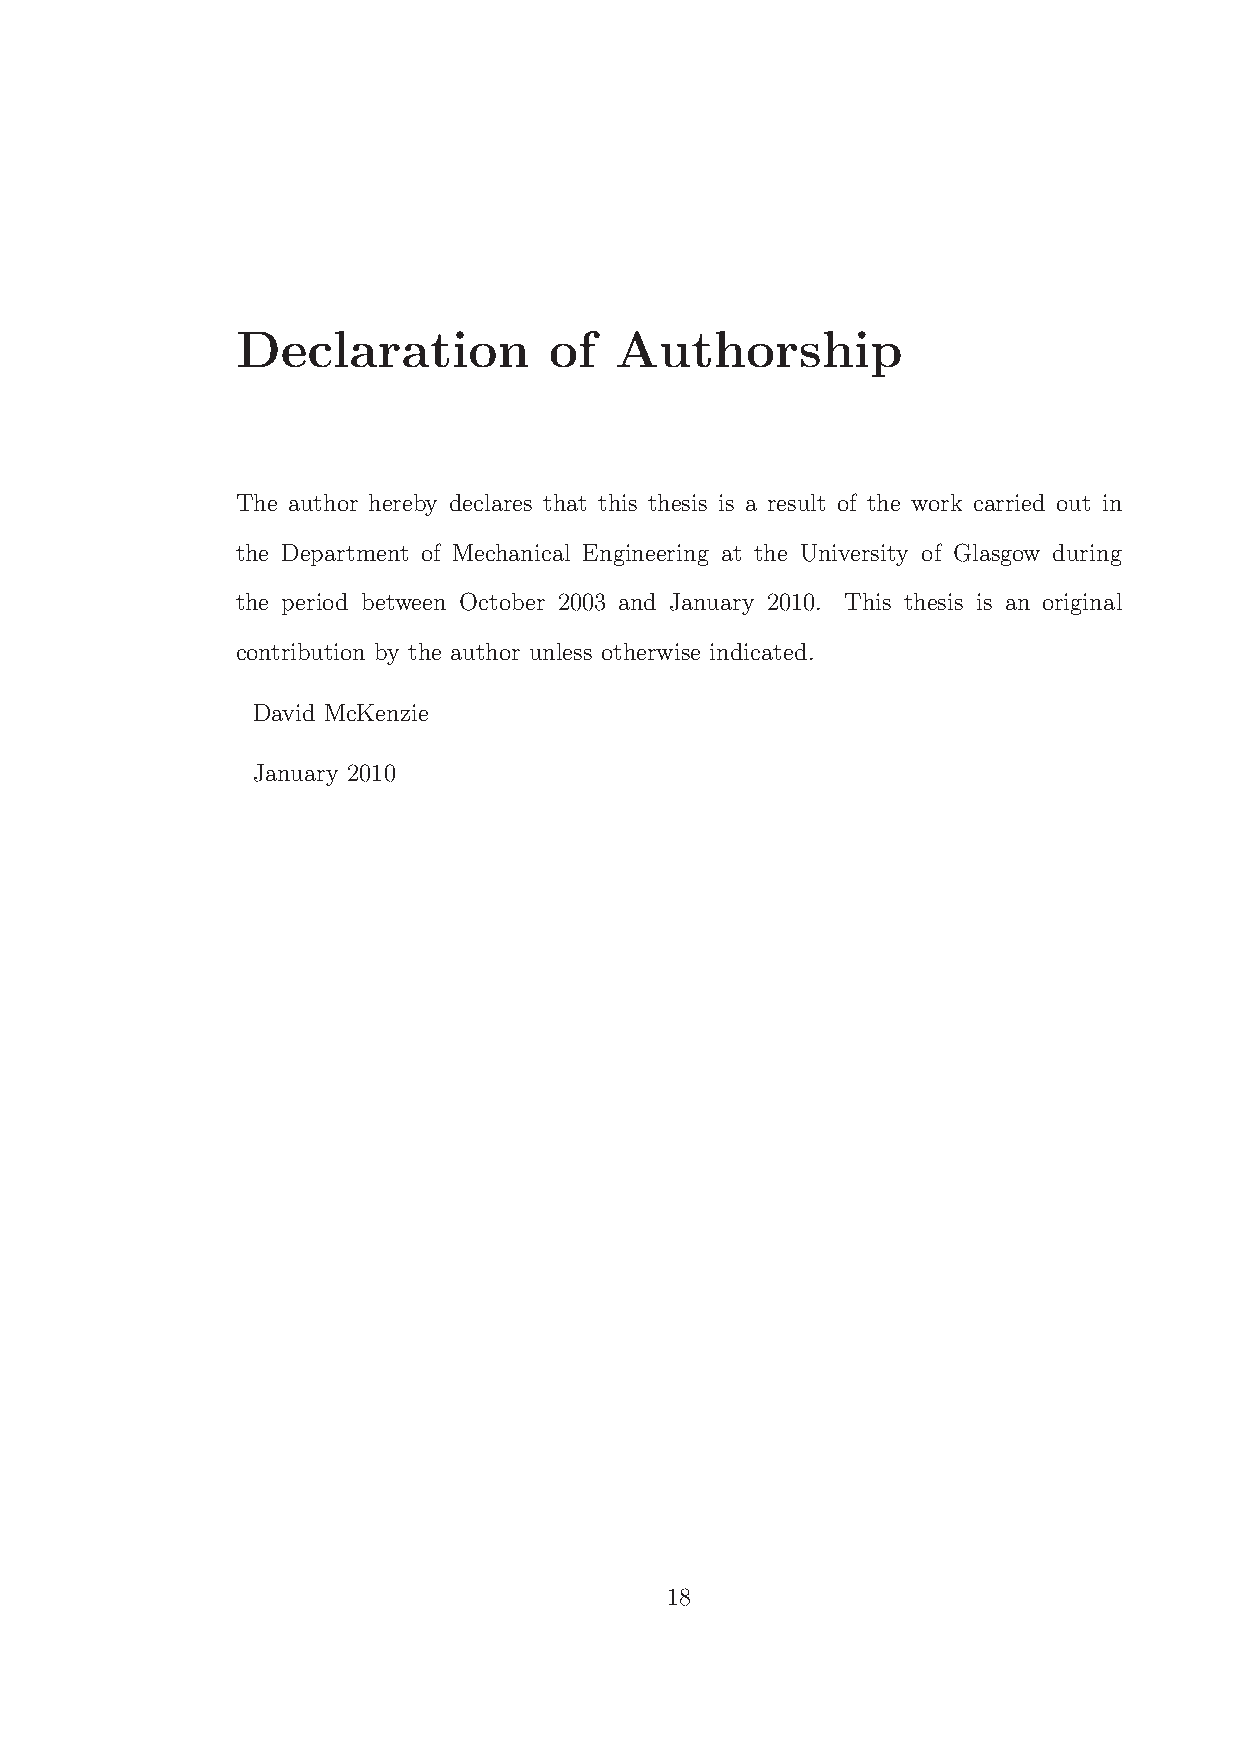
Declaration         of   Authorship
 The author hereby declares that this thesis is a result of the work carried out in
 the Department of Mechanical Engineering at the University of Glasgow during
 the period between October 2003 and January 2010. This thesis is an original
 contribution by the author unless otherwise indicated.
 David McKenzie
 January 2010
 18